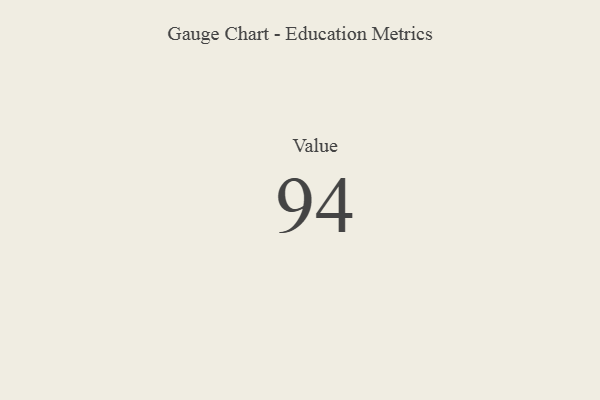
{"axis": {"x": "Metric", "y": "Value"}, "legend": [""], "data": [{"x": "Value", "y": 94, "type": ""}]}